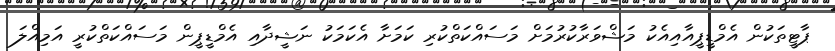
ޕާޓީތަކުން އެމްޑީޕީއާއިއެކު މަޝްވަރާކުރުމަށް މަސައްކަތްކުރި ކަމަށާ އެކަމަކު ނަޝީދާއި އެމްޑީޕީން މަސައްކަތްކުރީ އަމިއްލަ